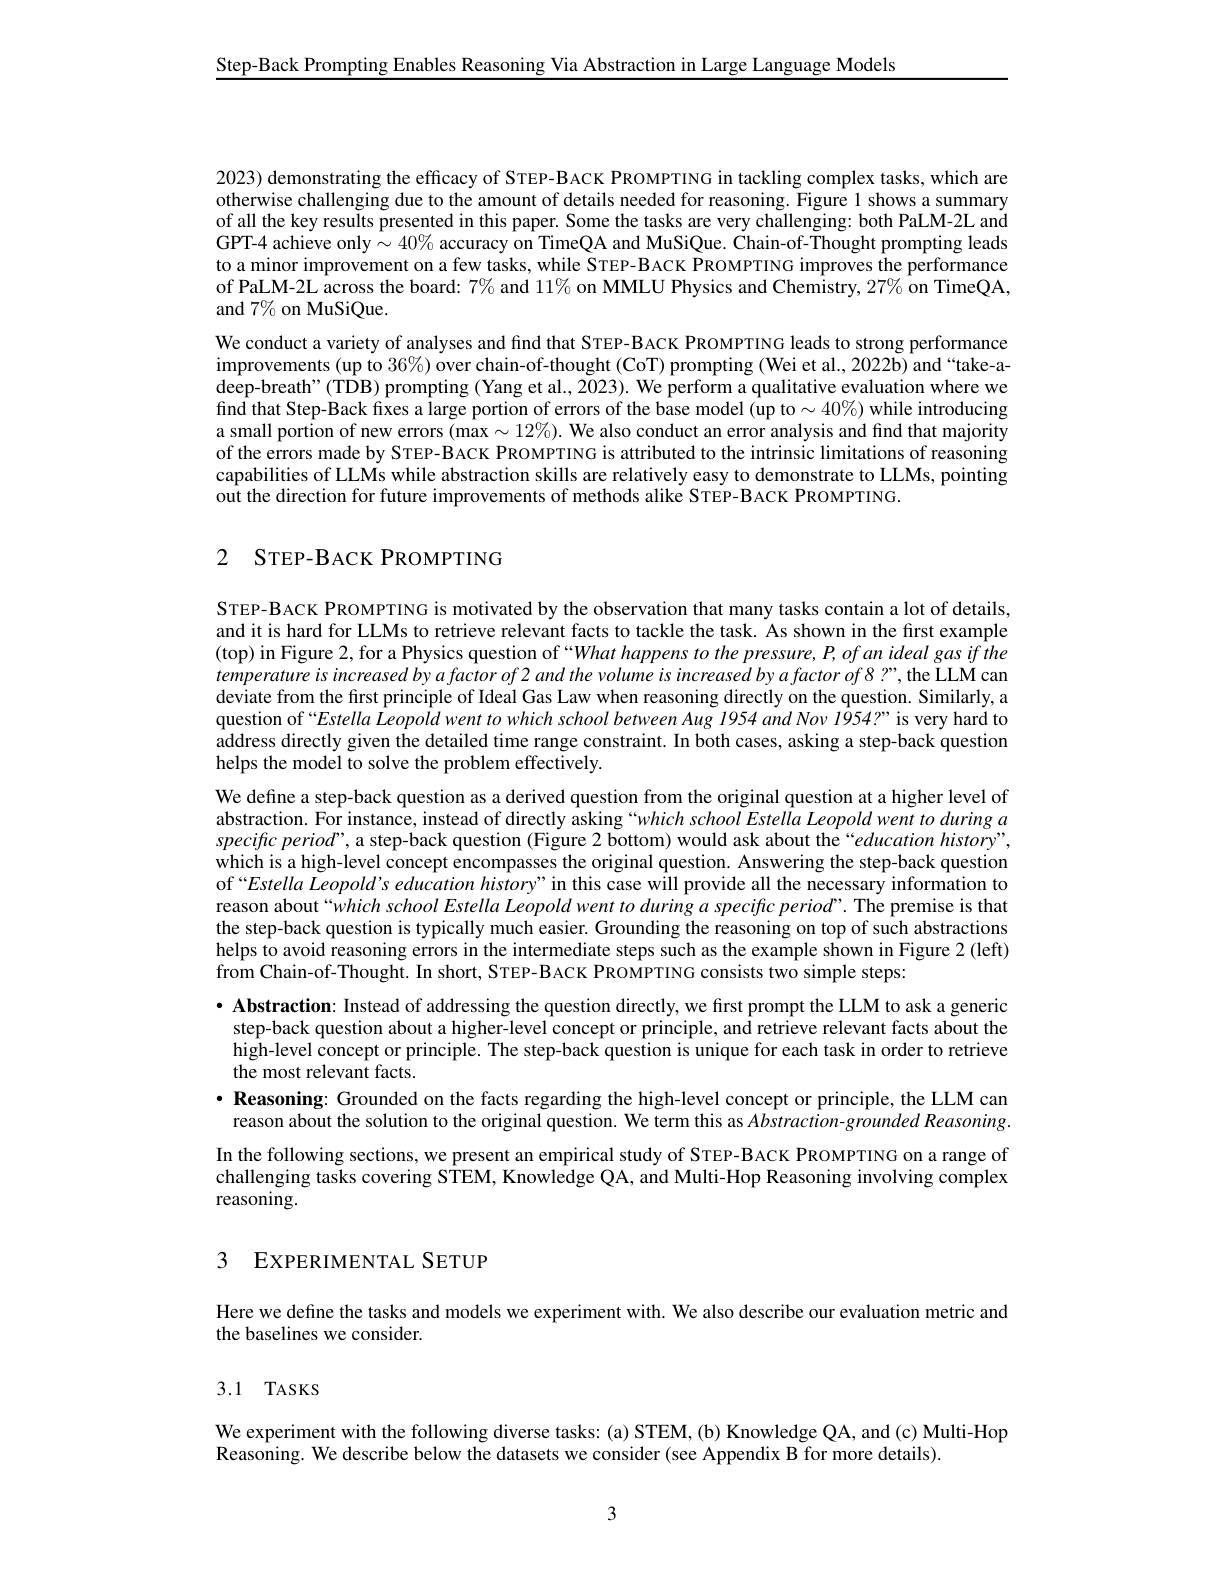
Step-Back Prompting Enables Reasoning Via Abstraction in Large Language Models

2023) demonstrating the efficacy of STEP-BACK PROMPTING in tackling complex tasks, which are otherwise challenging due to the amount of details needed for reasoning. Figure 1 shows a summary of all the key results presented in this paper. Some the tasks are very challenging: both PaLM-2L and GPT-4 achieve only$\sim40\%$ accuracy on TimeQA and MuSiQue. Chain-of-Thought prompting leads to a minor improvement on a few tasks, while STEP-BACK PROMPTING improves the performance of PaLM-2L across the board: $7\%$ and 11% on MMLU Physics and Chemistry, 27% on TimeQA, and $7\%$ on MuSiQue.
We conduct a variety of analyses and find that STEP-BACK PROMPTING leads to strong performance improvements ( up to 36$\%$) over chain- of- thought ( CoT) prompting ( Wei et al. , 2022b) and “ take- a- deep-breath" (TDB) prompting (Yang et al., 2023). We perform a qualitative evaluation where we find that Step-Back fixes a large portion of errors of the base model (up to $\sim40\%$) while introducing a small portion of new errors $(\hat{\mathrm{max}}\sim12\%).$ We also conduct an error analysis and find that majority of the errors made by STEP-BACK PROMPTING is attributed to the intrinsic limitations of reasoning capabilities of LLMs while abstraction skills are relatively easy to demonstrate to LLMs, pointing out the direction for future improvements of methods alike STEP-BACK PROMPTING.

## 2 STEP-BACK PROMPTING

STEP-BACK PROMPTING is motivated by the observation that many tasks contain a lot of details, and it is hard for LLMs to retrieve relevant facts to tackle the task. As shown in the first example (top) in Figure 2, for a Physics question of “What happens to the pressure, P, of an ideal gas if the temperature is increased by a factor of 2 and the volume is increased by a factor of 8 ?", the LLM can deviate from the first principle of Ideal Gas Law when reasoning directly on the question. Similarly, a question of“Estella Leopold went to which school between Aug 1954 and Nov 1954?”is very hard to address directly given the detailed time range constraint. In both cases, asking a step-back question helps the model to solve the problem effectively.

We define a step-back question as a derived question from the original question at a higher level of abstraction. For instance, instead of directly asking“which school Estella Leopold went to during $a$ specific period", a step-back question (Figure 2 bottom) would ask about the“education history”, which is a high-level concept encompasses the original question. Answering the step-back question of“Estella Leopold's education history”in this case will provide all the necessary information to reason about“which school Estella Leopold went to during a specific period”. The premise is that the step-back question is typically much easier. Grounding the reasoning on top of such abstractions helps to avoid reasoning errors in the intermediate steps such as the example shown in Figure 2 (left) $\hat{\text{from Chain-of-Thought. In short, STEP-BACK PROMPTING consists two simple steps:}}$
· Abstraction: Instead of addressing the question directly, we first prompt the LLM to ask a generic

step-back question about a higher-level concept or principle, and retrieve relevant facts about the high-level concept or principle. The step-back question is unique for each task in order to retrieve the most relevant facts.
$\bullet$ Reasoning: Grounded on the facts regarding the high-level concept or principle, the LLM can reason about the solution to the original question. We term this as Abstraction-grounded Reasoning. In the following sections, we present an empirical study of STEP-BACK PROMPTING on a range of challenging tasks covering STEM, Knowledge QA, and Multi-Hop Reasoning involving complex reasoning.

## 3 EXPERIMENTAL SETUP

Here we define the tasks and models we experiment with. We also describe our evaluation metric and
the baselines we consider.

# 3.1 TASKS

We experiment with the following diverse tasks: (a) STEM,(b) Knowledge QA, and (c) Multi-Hop
Reasoning. We describe below the datasets we consider (see Appendix B for more details).

3